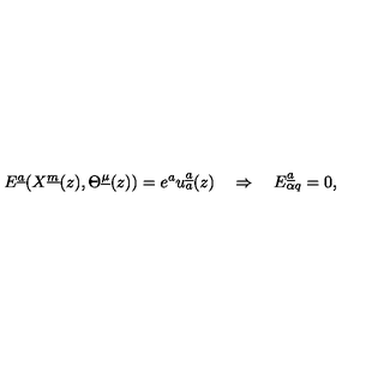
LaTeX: E ^ { \underline { a } } ( X ^ { \underline { m } } ( z ) , \Theta ^ { \underline { \mu } } ( z ) ) = e ^ { a } u _ { a } ^ { \underline { a } } ( z ) \quad \Rightarrow \quad E _ { \alpha q } ^ { \underline { a } } = 0 ,